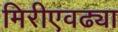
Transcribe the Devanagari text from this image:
मिरीएवढ्या